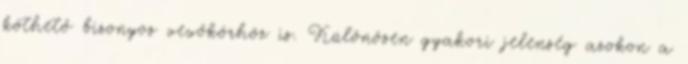
köthető bizonyos vevőkörhöz is. Különösen gyakori jelenség azokon a